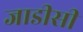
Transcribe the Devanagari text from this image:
जाडीसी